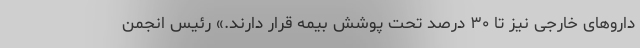
داروهای خارجی نیز تا ۳۰ درصد تحت پوشش بیمه قرار دارند.» رئیس انجمن